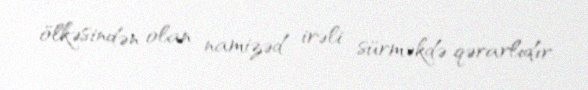
ölkəsindən olan namizəd irəli sürməkdə qərarlıdır.